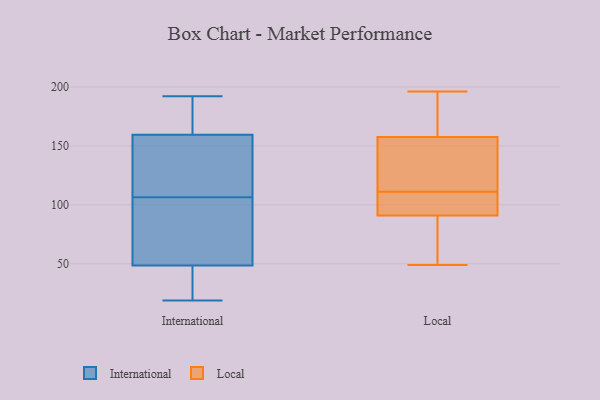
{"axis": {"x": "Net Income (USD K)", "y": "Value"}, "legend": ["International", "Local"], "data": [{"x": "", "y": 151, "type": "International"}, {"x": "", "y": 108, "type": "International"}, {"x": "", "y": 49, "type": "International"}, {"x": "", "y": 91, "type": "International"}, {"x": "", "y": 168, "type": "International"}, {"x": "", "y": 48, "type": "International"}, {"x": "", "y": 108, "type": "International"}, {"x": "", "y": 188, "type": "International"}, {"x": "", "y": 33, "type": "International"}, {"x": "", "y": 105, "type": "International"}, {"x": "", "y": 187, "type": "International"}, {"x": "", "y": 138, "type": "International"}, {"x": "", "y": 19, "type": "International"}, {"x": "", "y": 60, "type": "International"}, {"x": "", "y": 36, "type": "International"}, {"x": "", "y": 192, "type": "International"}, {"x": "", "y": 163, "type": "Local"}, {"x": "", "y": 63, "type": "Local"}, {"x": "", "y": 49, "type": "Local"}, {"x": "", "y": 114, "type": "Local"}, {"x": "", "y": 196, "type": "Local"}, {"x": "", "y": 108, "type": "Local"}, {"x": "", "y": 181, "type": "Local"}, {"x": "", "y": 105, "type": "Local"}, {"x": "", "y": 191, "type": "Local"}, {"x": "", "y": 166, "type": "Local"}, {"x": "", "y": 152, "type": "Local"}, {"x": "", "y": 129, "type": "Local"}, {"x": "", "y": 135, "type": "Local"}, {"x": "", "y": 70, "type": "Local"}, {"x": "", "y": 87, "type": "Local"}, {"x": "", "y": 107, "type": "Local"}, {"x": "", "y": 50, "type": "Local"}, {"x": "", "y": 151, "type": "Local"}, {"x": "", "y": 99, "type": "Local"}, {"x": "", "y": 95, "type": "Local"}]}